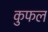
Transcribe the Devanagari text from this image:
कुफल